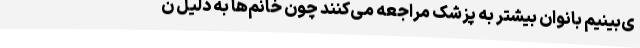
ی‌بینیم بانوان بیشتر به پزشک مراجعه می‌کنند چون خانم‌ها به دلیل ن